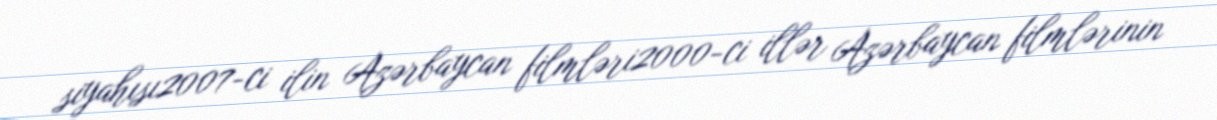
siyahısı2007-ci ilin Azərbaycan filmləri2000-ci illər Azərbaycan filmlərinin